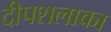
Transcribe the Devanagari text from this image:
दीपशलाका